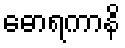
ဓောရကာနိ